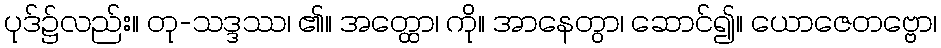
ပုဒ်၌လည်း။ တု-သဒ္ဒဿ၊ ၏။ အတ္ထော၊ ကို။ အာနေတွာ၊ ဆောင်၍။ ယောဇေတဗ္ဗော၊